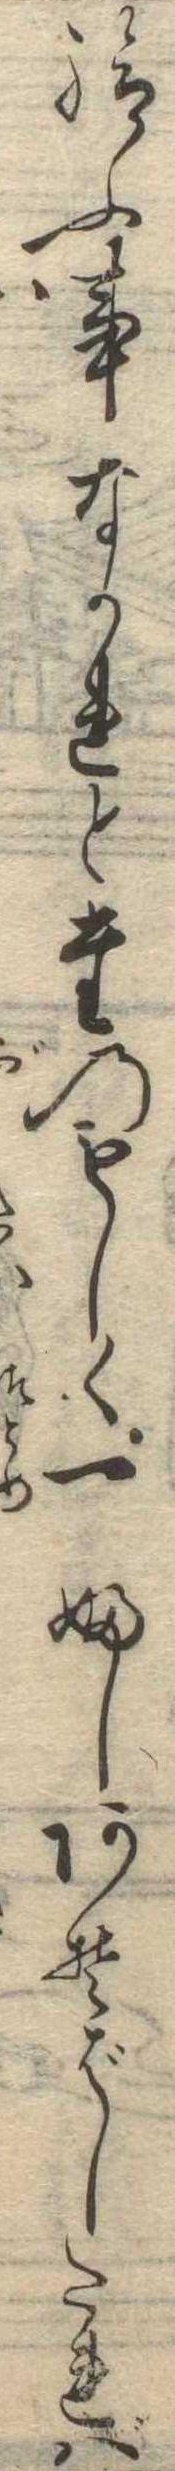
給ふ事なかれとたのもしく一ふしあそばしたれば